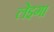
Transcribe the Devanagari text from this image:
लेइगा